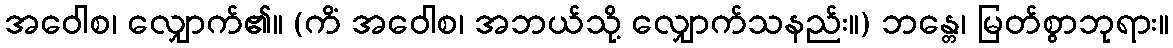
အဝေါစ၊ လျှောက်၏။ (ကိံ အဝေါစ၊ အဘယ်သို့ လျှောက်သနည်း။) ဘန္တေ၊ မြတ်စွာဘုရား။